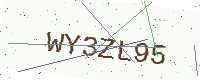
Text: WY3ZL95